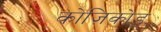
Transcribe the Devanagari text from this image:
कोज़िकोड